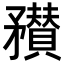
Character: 𥎞